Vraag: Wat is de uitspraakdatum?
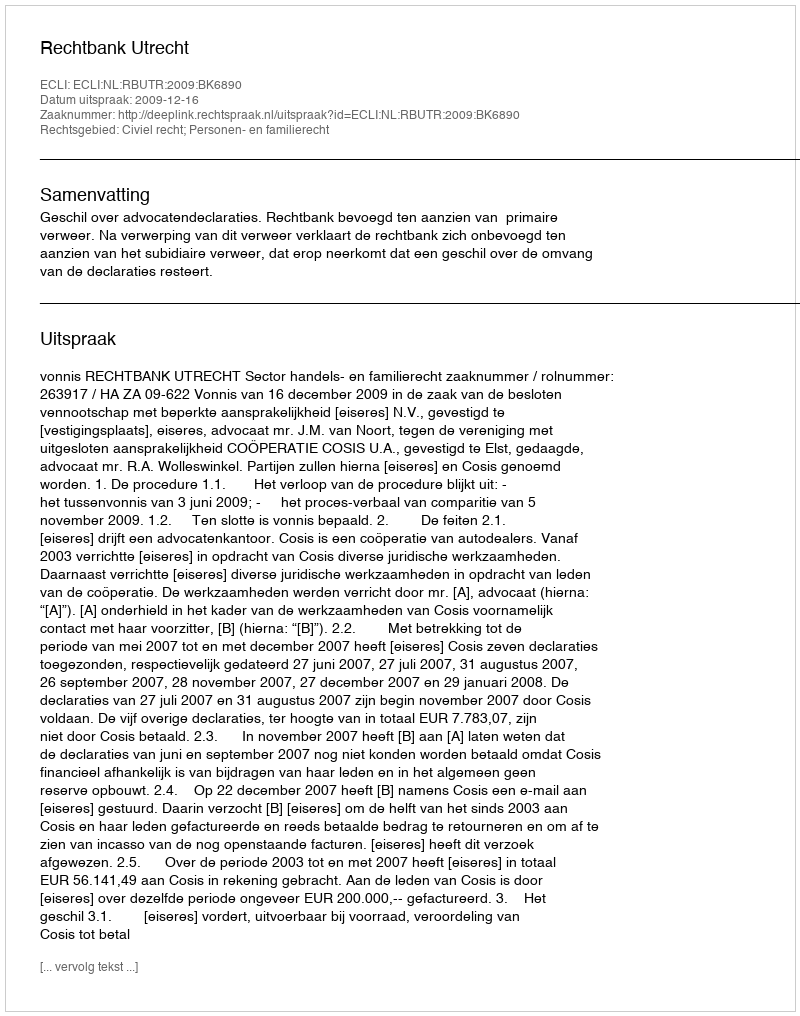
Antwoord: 2009-12-16